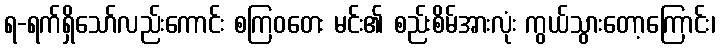
ရ-ရက်ရှိသော်လည်းကောင်း စကြဝတေး မင်း၏ စည်းစိမ်အားလုံး ကွယ်သွားတော့ကြောင်း၊